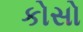
કોસો